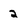
Character: 2